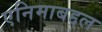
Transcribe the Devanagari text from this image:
एनिमाबद्दल